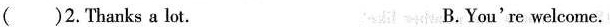
()2. Thanks a lot. B.You're welcome.